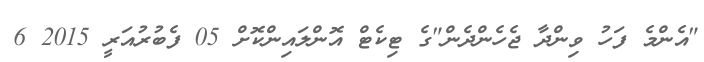
"އެންމެ ފަހު ވިންދާ ޖެހެންދެން"ގެ ޓިކެޓް އޮންލައިންކޮށް 05 ފެބުރުއަރީ 2015 6